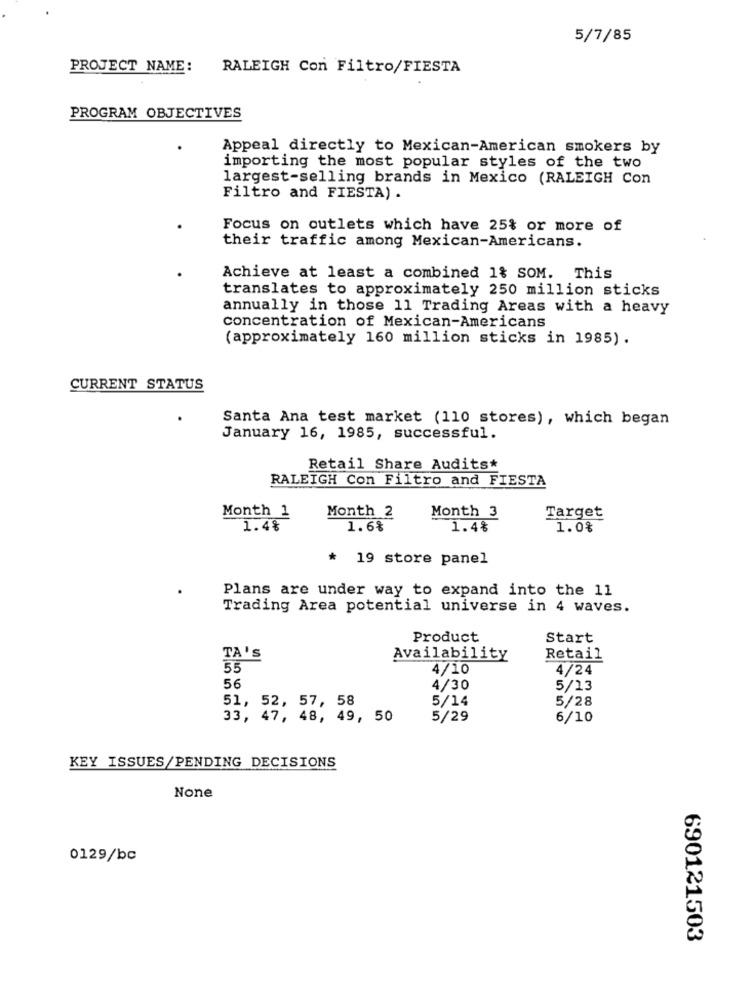
5/7/85
PROJECT NAME:
RALEIGH Con Filtro/FIESTA
PROGRAM OBJECTIVES
.
Appeal directly to Mexican-American smokers by
importing the most popular styles of the two
largest-selling brands in Mexico (RALEIGH Con
Filtro and FIESTA) .
Focus on outlets which have 25% or more of
their traffic among Mexican-Americans.
Achieve at least a combined 1% SOM. This
translates to approximately 250 million sticks
annually in those 11 Trading Areas with a heavy
concentration of Mexican-Americans
(approximately 160 million sticks in 1985).
CURRENT STATUS
Santa Ana test market (110 stores), which began
January 16, 1985, successful.
Retail Share Audits*
RALEIGH Con Filtro and FIESTA
Target
Month 1
Month 2
Month 3
1.4%
1.6%
1.4%
1.0%
* 19 store panel
Plans are under way to expand into the 11
Trading Area potential universe in 4 waves.
Product
Start
TA's
Availability
Retail
55
4/10
4/24
56
4/30
5/13
51, 52, 57, 58
5/14
5/28
33, 47, 48, 49, 50
5/29
6/10
KEY ISSUES/PENDING DECISIONS
0129/bc
690121503